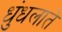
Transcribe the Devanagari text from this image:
धुंधलाते